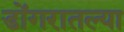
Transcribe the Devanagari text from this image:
डोंगरातल्या